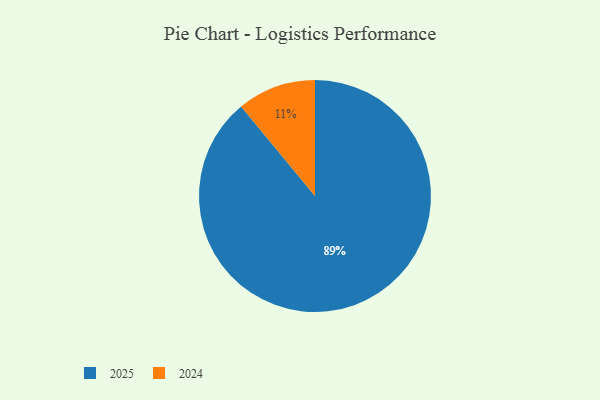
{"axis": {"x": "Category", "y": "Percentage"}, "legend": ["2024", "2025"], "data": [{"x": "2024", "y": 11, "type": "2024"}, {"x": "2025", "y": 89, "type": "2025"}]}